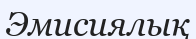
Эмисиялық